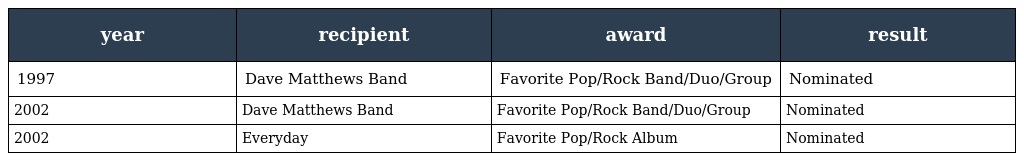
| year | recipient | award | result |
 | --- | --- | --- | --- |
 | 1997 | Dave Matthews Band | Favorite Pop/Rock Band/Duo/Group | Nominated |
 | 2002 | Dave Matthews Band | Favorite Pop/Rock Band/Duo/Group | Nominated |
 | 2002 | Everyday | Favorite Pop/Rock Album | Nominated |